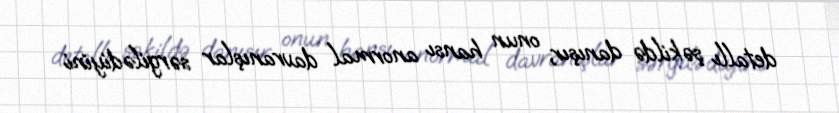
detallı şəkildə danışır, onun hansı anormal davranışlar sərgilədiyini